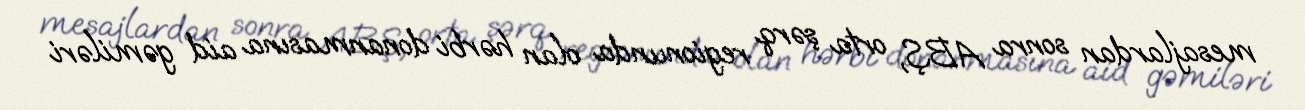
mesajlardan sonra ABŞ, orta şərq regionunda olan hərbi donanmasına aid gəmiləri